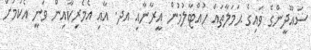
ސައޫދީންގެ ވައިގެ ޙަމަލާތައް ހުއްޓާލުމުން އީރާނާއި އދ. އާއި އެމެރިކާއިން ވަނީ އެކަމަށް